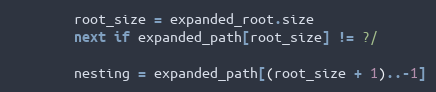
Language: Ruby
        root_size = expanded_root.size
        next if expanded_path[root_size] != ?/

        nesting = expanded_path[(root_size + 1)..-1]